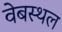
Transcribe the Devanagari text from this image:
वेबस्थल